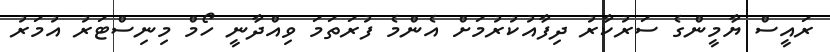
ރައީސް ޔާމީންގެ ސަރުކާރު ދިފާއުކުރުމަށް އެންމެ ފުރަތަމަ ވިއްދާނީ ހޯމް މިނިސްޓަރު އުމަރު